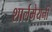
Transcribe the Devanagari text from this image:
शार्लमेयनी